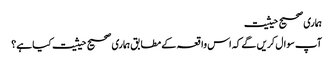
ہماری صحیح حیثیت
آپ سوال کریں گے کہ اس واقعہ کے مطابق ہماری صحیح حیثیت کیا ہے؟